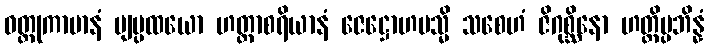
ဝတ္ထုကာမာနံ ဗျပ္ပထယော ဟတ္ထာစရိယာနံ ဇေဋ္ဌောဟမသ္မိ သစေဟံ ဇိဂုစ္ဆိနော ဟတ္ထိပ္ပဘိန္နံ